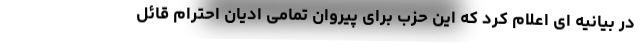
در بیانیه ای اعلام کرد که این حزب برای پیروان تمامی ادیان احترام قائل